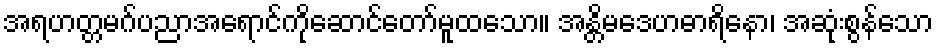
အရဟတ္တမဂ်ပညာအရောင်ကိုဆောင်တော်မူထသော။ အန္တိမဒေဟဓာရိနော၊ အဆုံးစွန်သော